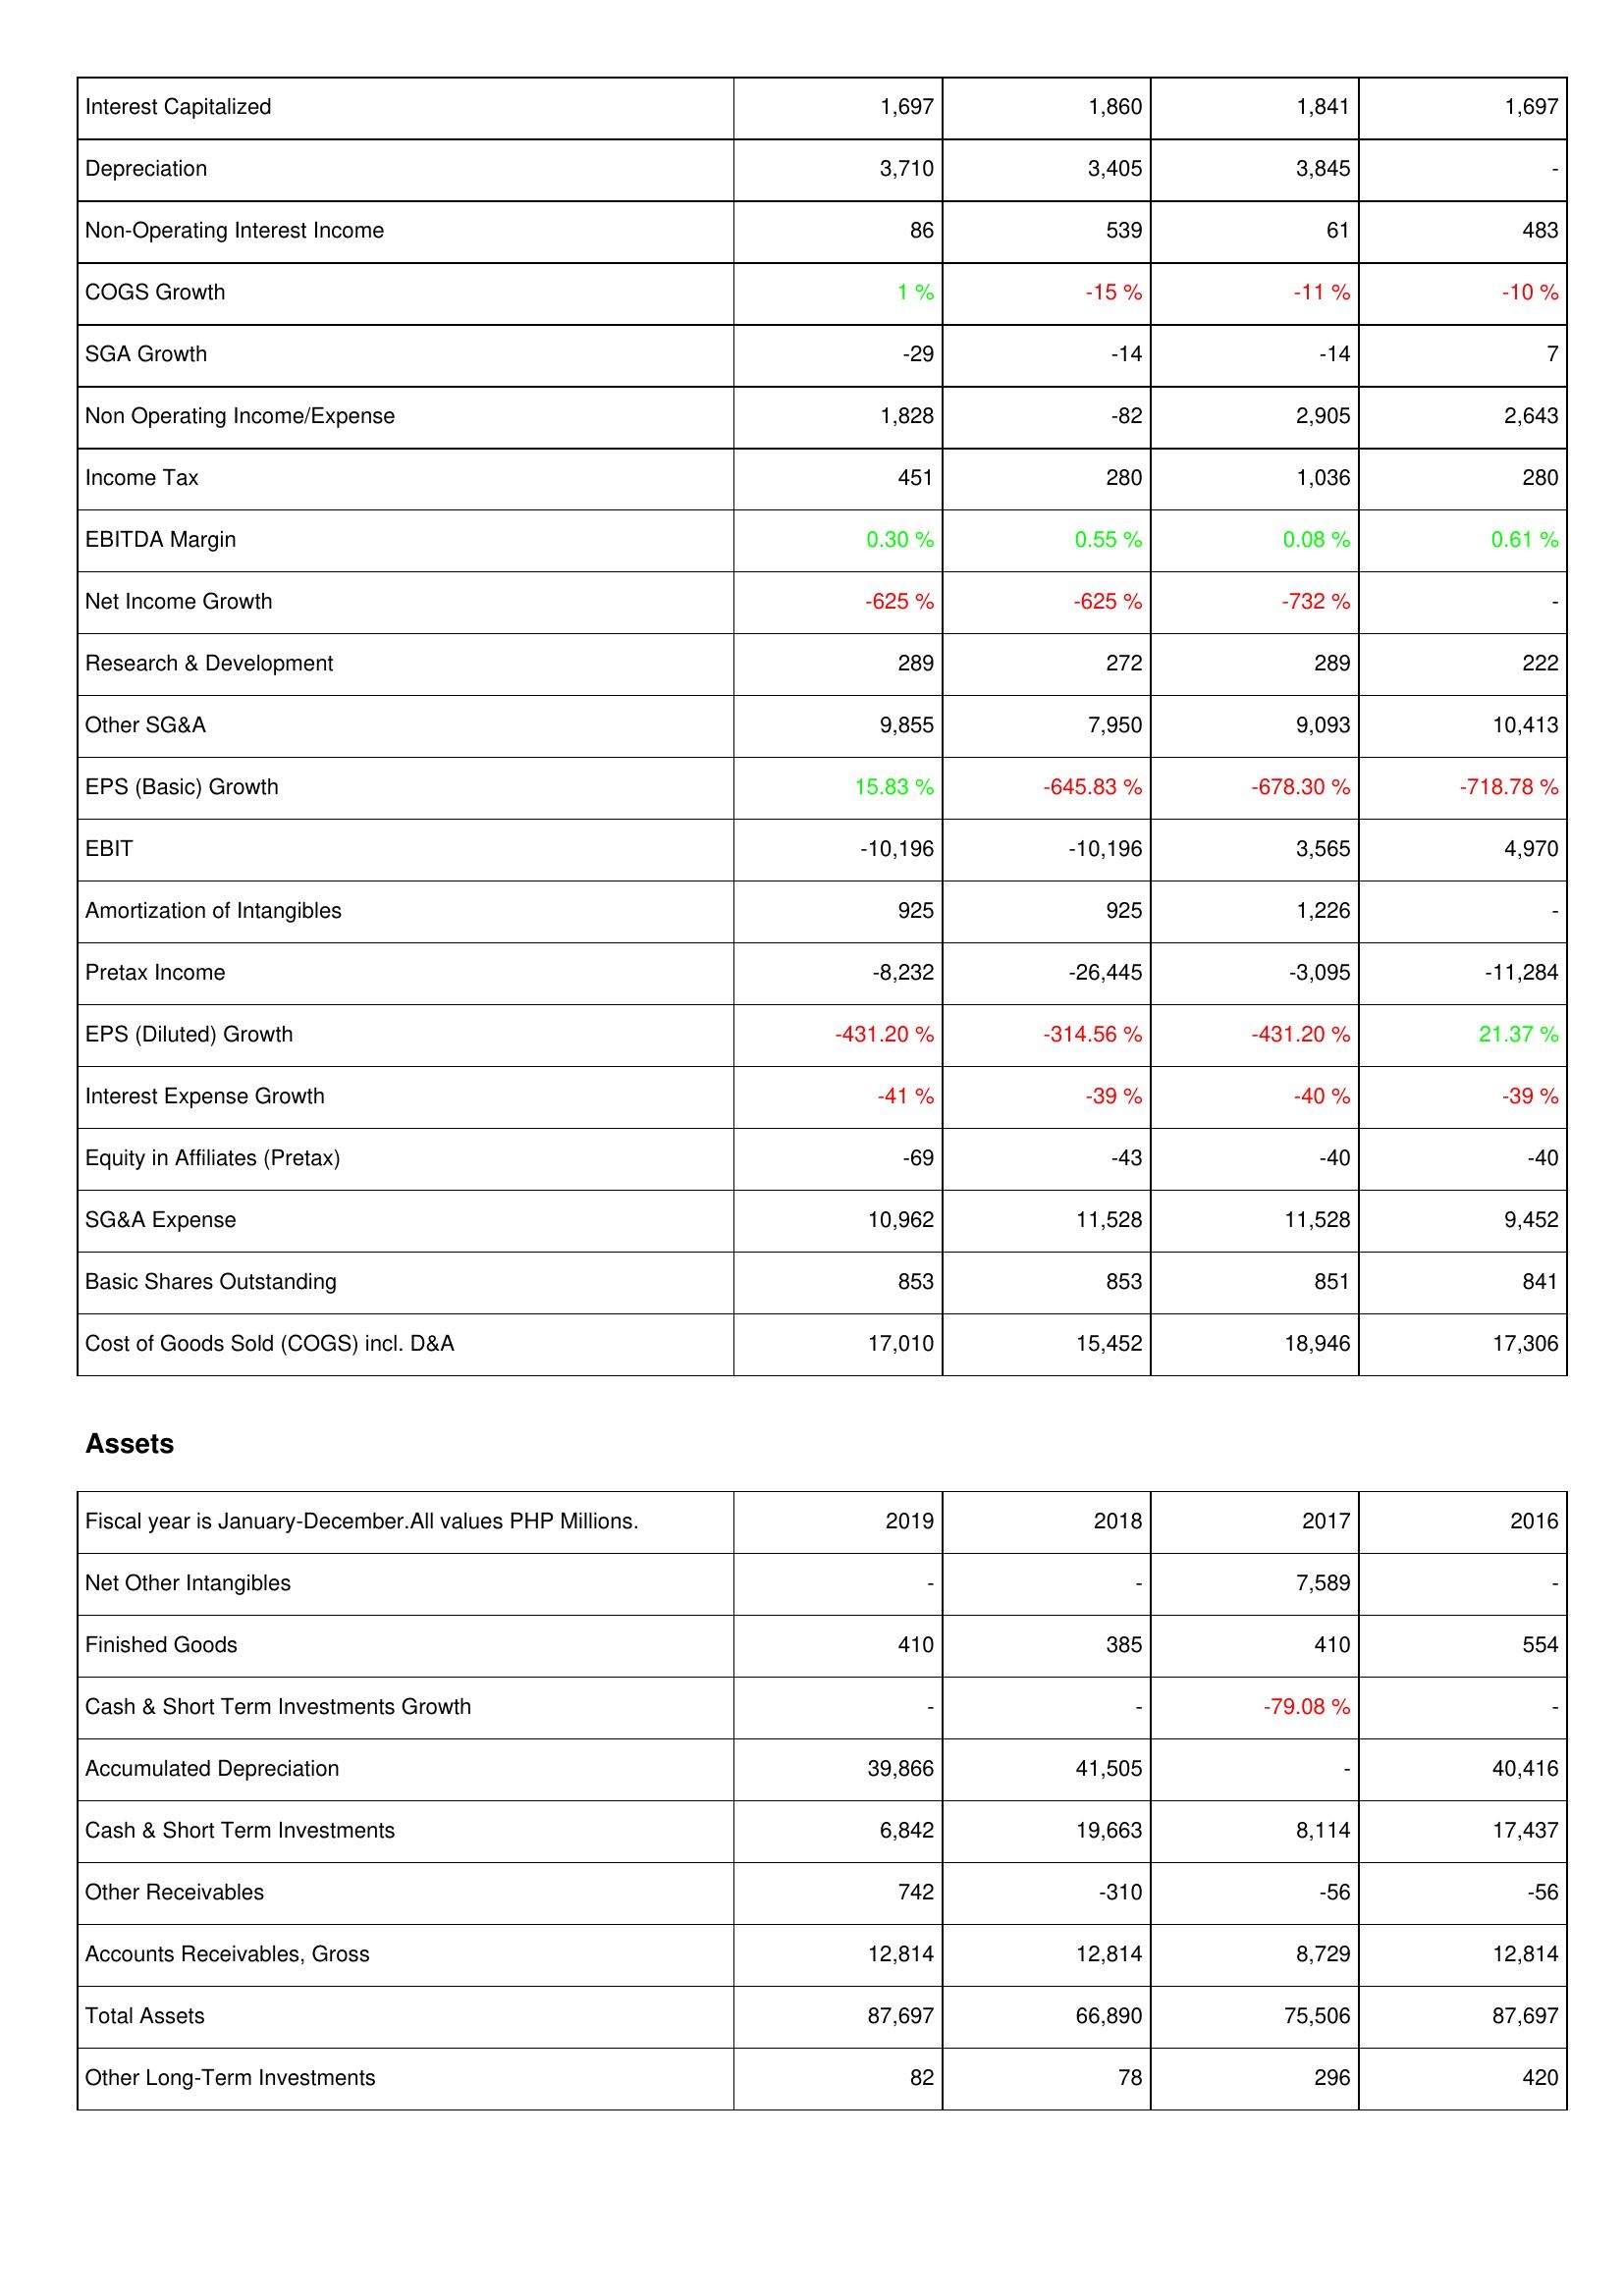
2019: Income Statement: Interest Capitalized: 1,697
Depreciation: 3,710
Non-Operating Interest Income: 86
COGS Growth: 1 %
SGA Growth: -29
Non Operating Income/Expense: 1,828
Income Tax: 451
EBITDA Margin: 0.30 %
Net Income Growth: -625 %
Research & Development: 289
Other SG&A: 9,855
EPS (Basic) Growth: 15.83 %
EBIT: -10,196
Amortization of Intangibles: 925
Pretax Income: -8,232
EPS (Diluted) Growth: -431.20 %
Interest Expense Growth: -41 %
Equity in Affiliates (Pretax): -69
SG&A Expense: 10,962
Basic Shares Outstanding: 853
Cost of Goods Sold (COGS) incl. D&A: 17,010
Assets: Net Other Intangibles: -
Finished Goods: 410
Cash & Short Term Investments Growth: -
Accumulated Depreciation: 39,866
Cash & Short Term Investments: 6,842
Other Receivables: 742
Accounts Receivables, Gross: 12,814
Total Assets: 87,697
Other Long-Term Investments: 82
2018: Income Statement: Interest Capitalized: 1,860
Depreciation: 3,405
Non-Operating Interest Income: 539
COGS Growth: -15 %
SGA Growth: -14
Non Operating Income/Expense: -82
Income Tax: 280
EBITDA Margin: 0.55 %
Net Income Growth: -625 %
Research & Development: 272
Other SG&A: 7,950
EPS (Basic) Growth: -645.83 %
EBIT: -10,196
Amortization of Intangibles: 925
Pretax Income: -26,445
EPS (Diluted) Growth: -314.56 %
Interest Expense Growth: -39 %
Equity in Affiliates (Pretax): -43
SG&A Expense: 11,528
Basic Shares Outstanding: 853
Cost of Goods Sold (COGS) incl. D&A: 15,452
Assets: Net Other Intangibles: -
Finished Goods: 385
Cash & Short Term Investments Growth: -
Accumulated Depreciation: 41,505
Cash & Short Term Investments: 19,663
Other Receivables: -310
Accounts Receivables, Gross: 12,814
Total Assets: 66,890
Other Long-Term Investments: 78
2017: Income Statement: Interest Capitalized: 1,841
Depreciation: 3,845
Non-Operating Interest Income: 61
COGS Growth: -11 %
SGA Growth: -14
Non Operating Income/Expense: 2,905
Income Tax: 1,036
EBITDA Margin: 0.08 %
Net Income Growth: -732 %
Research & Development: 289
Other SG&A: 9,093
EPS (Basic) Growth: -678.30 %
EBIT: 3,565
Amortization of Intangibles: 1,226
Pretax Income: -3,095
EPS (Diluted) Growth: -431.20 %
Interest Expense Growth: -40 %
Equity in Affiliates (Pretax): -40
SG&A Expense: 11,528
Basic Shares Outstanding: 851
Cost of Goods Sold (COGS) incl. D&A: 18,946
Assets: Net Other Intangibles: 7,589
Finished Goods: 410
Cash & Short Term Investments Growth: -79.08 %
Accumulated Depreciation: -
Cash & Short Term Investments: 8,114
Other Receivables: -56
Accounts Receivables, Gross: 8,729
Total Assets: 75,506
Other Long-Term Investments: 296
2016: Income Statement: Interest Capitalized: 1,697
Depreciation: -
Non-Operating Interest Income: 483
COGS Growth: -10 %
SGA Growth: 7
Non Operating Income/Expense: 2,643
Income Tax: 280
EBITDA Margin: 0.61 %
Net Income Growth: -
Research & Development: 222
Other SG&A: 10,413
EPS (Basic) Growth: -718.78 %
EBIT: 4,970
Amortization of Intangibles: -
Pretax Income: -11,284
EPS (Diluted) Growth: 21.37 %
Interest Expense Growth: -39 %
Equity in Affiliates (Pretax): -40
SG&A Expense: 9,452
Basic Shares Outstanding: 841
Cost of Goods Sold (COGS) incl. D&A: 17,306
Assets: Net Other Intangibles: -
Finished Goods: 554
Cash & Short Term Investments Growth: -
Accumulated Depreciation: 40,416
Cash & Short Term Investments: 17,437
Other Receivables: -56
Accounts Receivables, Gross: 12,814
Total Assets: 87,697
Other Long-Term Investments: 420